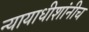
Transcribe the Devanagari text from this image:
न्यायाधीशांनीच